Calcutta medical institutions reports 1871-78
Year: 1871
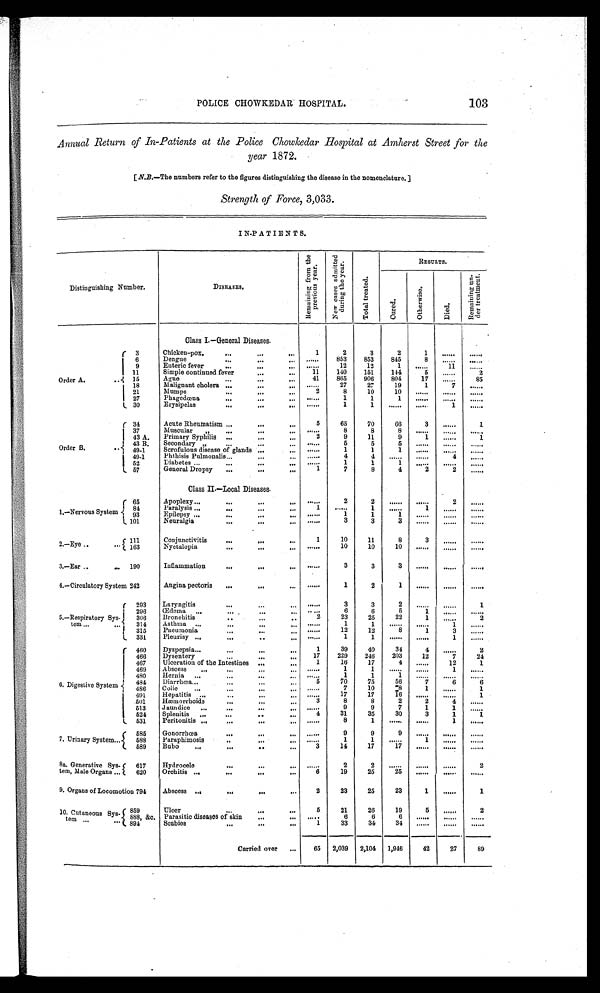
POLICE CHOWKEDAR HOSPITAL. 103
Annual Return of In-Patients at the Police Chowkedar Hospital at Amherst Street for the
year 1872.
[ N. B. - The number s r ef er t o t he f i gur es di st i ngui shi ng t he di sease i n t he nomencl at ur e. ]
Strength of Force, 3,033.
IN-PATIENTS.
Distinguishing Number.
DISEASES.
R e m a i n i n g f r o m t h e p r e v i o u s y e a r .
N e w c a s e s a d m i t t e d d u r i n g t h e y e a r .
T o t a l t r e a t e d .
RESULTS.
C u r e d .
O t h e r w i s e .
Died.
R e m a i n i n g u n - d e r t r e a t m e n t .
Class I.-General Diseases.
Order A.
3
Chicken-pox.
1
2
3
2
1
. . . . . .
. . . . . .
6
Dengue
. . . . . . 853
853
845
8
. . . . . .
. . . . . .
9
Enteric fever
. . . . . .
12
12
1
. . . . . . 11
. . . . . .
11
Simple continued fever
11
140
151
144
5
. . . . . .
2
15
Ague
41
865
906
804
17
. . . . . . 85
18
Malignant cholera
. . . . . .
2 7
27
19
1
7
. . . . . .
21
Mumps
2 8
10
10
. . . . . .
. . . . . .
. . . . . .
27
Phagedœna
. . . . . .
1
1
1
. . . . . .
. . . . . .
. . . . . .
30
Erysipelas
. . . . . .
1
1
. . . . . .
. . . . . . 1
. . . . . .
Order B.
34
Acute Rheumatism
5
65
70
66
3
. . . . . .
1
37
Muscular ,,
. . . . . . 8
8
8
. . . . . .
. . . . . .
. . . . . .
43 A. Primary Syphilis
2
9
11
9
1
. . . . . .
1
43 B. Secondary ,,
. . . . . .
5
5
5
. . . . . .
. . . . . .
. . . . . .
49-1
Scrofulous disease of glands
. . . . . .
1
1
1
. . . . . .
. . . . . .
. . . . . .
49-1
Phthisis Pulmonalis
. . . . . .
4
4
. . . . . .
. . . . . .
4
. . . . . .
52
Diabetes
. . . . . .
1
1
1
. . . . . .
. . . . . .
. . . . . .
57
General Dropsy
1
7
8
4
2
2
. . . . . .
Class II.-Local Diseases.
1.-Nervous System
65
Apoplexy
......
2
2
. . . . . .
. . . . . .
2
. . . . . .
84
Paralysis
1 .
1
. . . . . .
1
. . . . . .
. . . . . .
93
Epilepsy
. . . . . .
1
1
1
. . . . . .
. . . . . .
. . . . . .
101
Neuralgia
. . . . . .
3
3
3
. . . . . .
. . . . . .
. . . . . .
2.-Eye
111
Conjunctivitis
1
1 0
1 1
8
3
. . . . . .
. . . . . .
163
Nyctalopia
1 0
1 0
1 0
. . . . . .
. . . . . .
. . . . . .
3.-Ear 190
Inflammation
. . . . . .
3
3
3
. . . . . .
. . . . . .
. . . . . .
4.-Circulatory System 242
Angina pectoris
. . . . . .
1
2
1
. . . . . .
. . . . . . .......
5.-Respiratory Sys-
tem
293
Laryngitis
. . . . . .
3
3
2
. . . . . .
. . . . . .
1
2 9 6
Œdema
. . . . . .
6
6
5
1
. . . . . .
. . . . . .
306
Bronchitis
2
23
25
22
1
. . . . . .
2
314
Asthma
. . . . . .
1
1
. . . . . .
. . . . . .
1
. . . . . .
315
Pneumonia
. . . . . .
12
12
8
1
3
. . . . . .
331
Pleurisy
. . . . . .
1
1
. . . . . .
. . . . . .
1
. . . . . .
6. Digestive System
460 Dyspepsia
1
39
40
3 4
4 ......
2
466 Dysentery
1 7
229
246
2 0 3
1 2
7
2 4
467
Ulceration of the Intestines
1
1 6
1 7
4
. . . . . .
1 2
1
469
Abscess
. . . . . .
1
1
. . . . . .
. . . . . .
1
. . . . . .
480
Hernia
. . . . . .
1
1
1
. . . . . .
. . . . . .
. . . . . .
484
Diarrhœa
5
7 0 75
5 6
7
6
6
486
Colic
. . . . . .
7
10
8
1
. . . . . .
1
491
Hepatitis
. . . . . .
17
17
1 6
. . . . . .
. . . . . .
1
501 Hæmorrhoids
3
8
8
2
2
4
. . . . . .
513
Jaundice
. . . . . .
9
9
7
1
1
. . . . . .
524
Splenitis
4
3 1
3 5
3 0
3
1
1
531
Peritonitis
. . . . . .
8
1
. . . . . .
. . . . . .
1
. . . . . .
7. Urinary System
585
Gonorrhœa
. . . . . .
9
9
9
. . . . . .
. . . . . .
. . . . . .
588
Paraphimosis
. . . . . .
1
1
. . . . . .
1
. . . . . .
. . . . . .
589
Bubo
3
14
17
17
. . . . . .
. . . . . .
. . . . . .
8a. Generative Sys-
tem, Male Organs
617
Hydrocele
......
2
2
. . . . . .
. . . . . .
. . . . . .
2
620
Orchitis
6
19
25
2 5
. . . . . .
. . . . . .
. . . . . .
9. Organs of Locomotion 794 Abscess
2
23
25
23
1
. . . . . .
1
10. Cutaneous
Sys- tem
859
Ulcer
5
21
26
19
5
. . . . . .
2
888, &c. Parasitic diseases of skin
. . . . . .
6
6
6
. . . . . .
. . . . . .
. . . . . .
894
Scabies
1
3 3
3 4
3 4
. . . . . .
. . . . . .
. . . . . .
Carried over
65 2,039 2,104 1,946
42
27
89